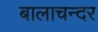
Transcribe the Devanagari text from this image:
बालाचन्दर